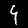
Digit: 4